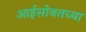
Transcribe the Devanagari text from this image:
आईसोबतच्या